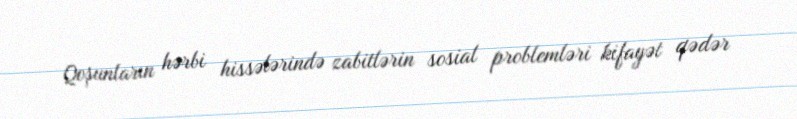
Qoşunların hərbi hissələrində zabitlərin sosial problemləri kifayət qədər